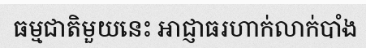
ធម្មជាតិមួយនេះ អាជ្ញាធរហាក់លាក់បាំង